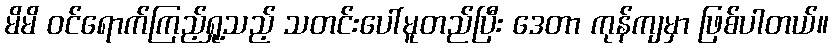
မိမိ ဝင်ရောက်ကြည့်ရှု့သည့် သတင်းပေါ်မူတည်ပြီး ဒေတာ ကုန်ကျမှာ ဖြစ်ပါတယ်။